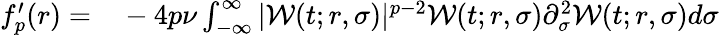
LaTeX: \begin{array}{rl}{f_{p}^{\prime}(r)=}&{{}-4p\nu\int_{-\infty}^{\infty}|\mathcal{W}(t;r,\sigma)|^{p-2}\mathcal{W}(t;r,\sigma)\partial_{\sigma}^{2}\mathcal{W}(t;r,\sigma)d\sigma}\end{array}